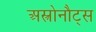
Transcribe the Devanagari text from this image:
अस्त्रोनौट्स